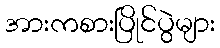
အားကစားပြိုင်ပွဲများ